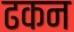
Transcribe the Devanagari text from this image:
ढकन